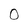
Character: 0